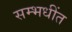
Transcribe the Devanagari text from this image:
सम्भधींत